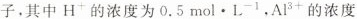
子，其中H^{+}的浓度为0.5mol·L^{-1}，Al^{3+}的浓度